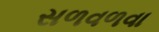
સળવળવા